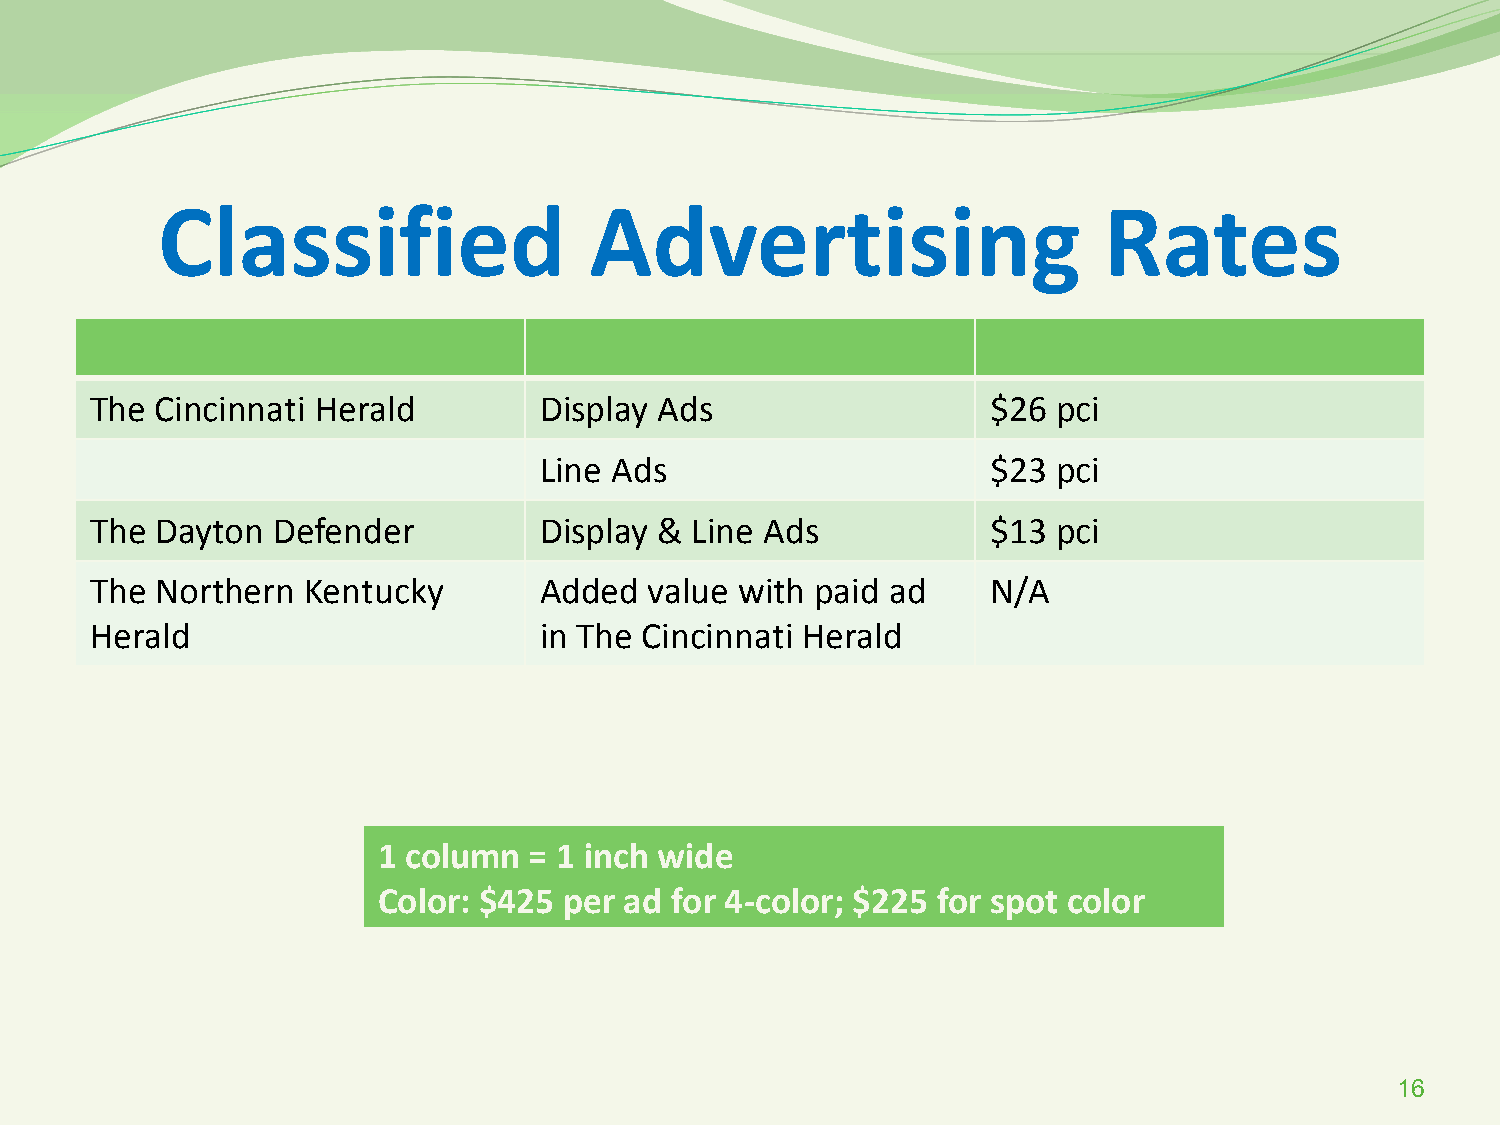
Classified                   Advertising                       Rates
 The Cincinnati Herald         Display Ads                   $26 pci
 Line Ads                      $23 pci
 The Dayton  Defender          Display & Line Ads            $13 pci
 The Northern  Kentucky        Added  value with paid ad     N/A
 Herald                        in The Cincinnati Herald
 1 column  = 1 inch wide
 Color: $425 per ad for 4-color; $225 for spot color
 16